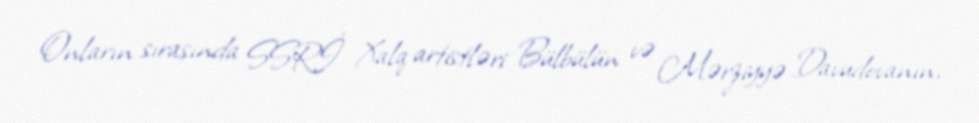
Onların sırasında SSRİ Xalq artistləri Bülbülün və Mərziyyə Davudovanın,